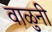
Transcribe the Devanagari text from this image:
वाळुनी